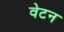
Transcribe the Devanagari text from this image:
वेटन